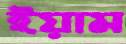
ইয়াম